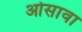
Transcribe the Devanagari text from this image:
ओसावा